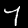
Digit: 7